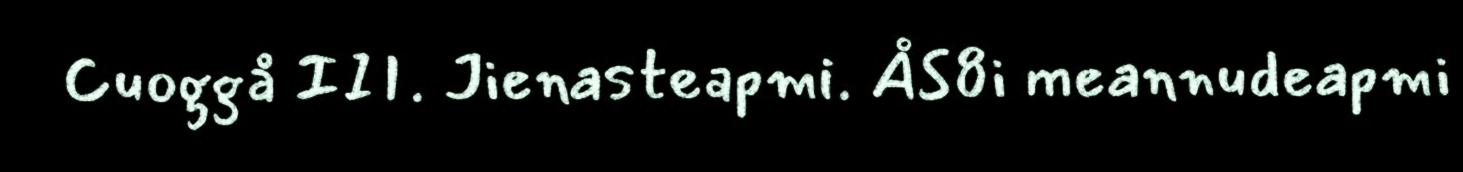
Cuoggå III. Jienasteapmi. ÅS8i meannudeapmi